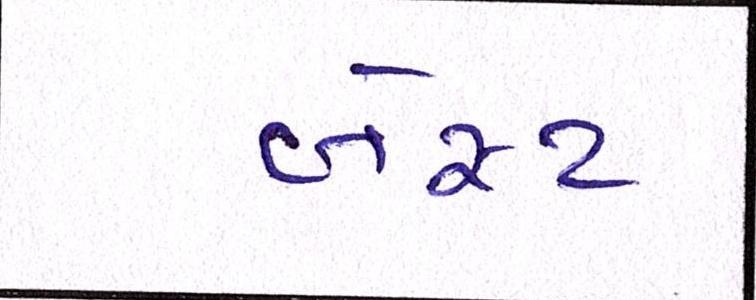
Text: બેસ્ટ